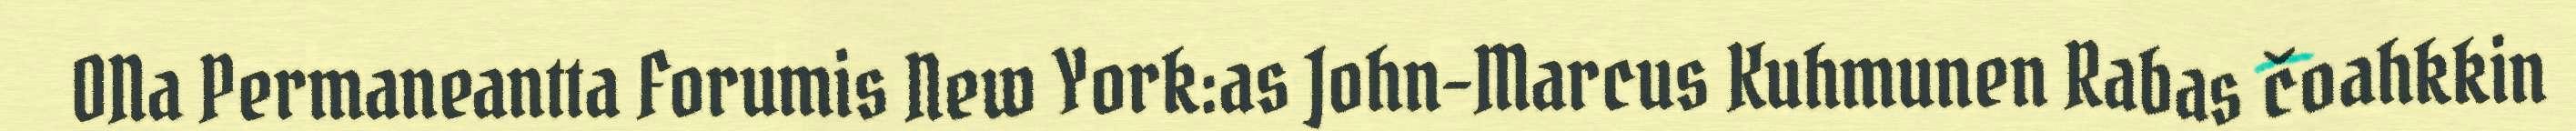
ONa Permaneantta Forumis New York:as John-Marcus Kuhmunen Rabas čoahkkin